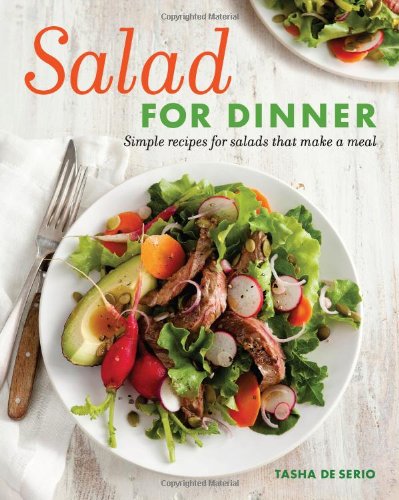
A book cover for Salad for Dinner: Simple Recipes for Salads that Make a Meal; Tasha DeSerio; Cookbooks, Food & Wine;